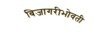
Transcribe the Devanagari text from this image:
बिजागरीभोवती